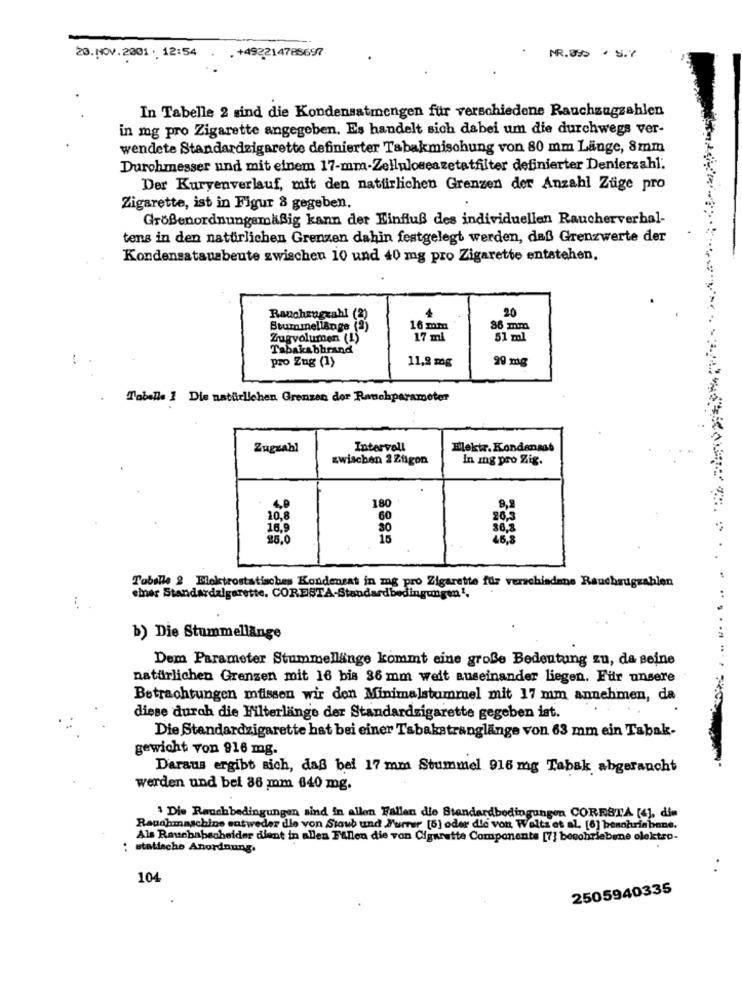
20. NOV.2001 . 12:54 . . +492214785697
NR.85% . S.7
In Tabelle 2 sind die Kondensatmengen für verschiedene Rauchzagzahlen
in mg pro Zigarette angegeben. Es handelt sich dabei um die durchwegs ver-
wendete Standardzigarette definierter Tabakmischung von 80 mm Länge, 8mm
Durchmesser und mit einem 17-mm-Zelluloseazetatfilter definierter Denierzahl:
Der Kuryenverlauf, mit den natürlichen Grenzen der Anzahl Züge pro
Zigarette, ist in Figur 8 gegeben.
Größenordnungsmäßig kann der Einfluß des individuellen Raucherverhal-
tens in den natürlichen Grenzen dahin festgelegt werden, daß Grenzwerte der
Kondensatausbeute zwischen 10 und 40 mg pro Zigarette entstehen.
20
Rauchengzahl (2)
Stummellange (2)
16 mm
Zugvolumen (1)
17 ml
51 ml
Tabakabbrand
-*
pro Zug (1)
11,2 mg
99 mg
Tabelle 1 Die natürlichen Grenzen dor Rauchparameter
Zugzahl
Intervall
Elektr. Kondensat
zwischen 2 Zfigon
In mg pro Zig.
4.0
180
10.8
60
16,9
30
25.0
15
Tabelle 2 Bloktrostatisches Kondensat in mg pro Zigarette für verschiedene Rauchrugzahlen
einer Standardzigarette. CORESTA-Standardbedingungen".
b) Die Stummellänge
Dem Parameter Stummellänge kommt eine große Bedeutung zu, da seine
natürlichen Grenzen mit 16 bis 36 mm weit auseinander liegen. Für unsere
Betrachtungen mfissen wir den Minimalstummel mit 17 mm annehmen, da
diese durch die Filterlänge der Standardzigarette gegeben ist.
Die Standardzigarette hat bei einer Tabakstranglänge von 63 mm ein Tabak-
gewicht von 916 mg.
Daraus ergibt sich, daß bei 17 mm Stummel 916 mg Tabak abgeraucht
werden und bei 86 mm 640 mg.
Die Rauchbedingungen sind in allen Fallen die Standardbedingungen CORESTA [4], dis
Rauchmaschine entweder die von Staub und Furrer [6] oder die von Welts et al. [6] beschriebene.
Als Rausbabscheider dient in allen Fallen die von Cigarette Componente [7] beschriebene elektro-
..
statische Anordnung.
..
104
2505940335